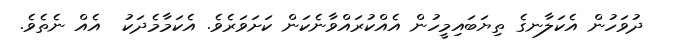
ދުވަހުން އެކަލާނގެ ތިޔަބައިމީހުން އެއްކުރައްވާނެކަން ކަށަވަރެވެ. އެކަމާމެދަކު  އެއް ނެތެވެ.